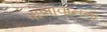
પાલાવાનના